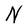
Character: N